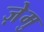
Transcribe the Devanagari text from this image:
ज़ेमु